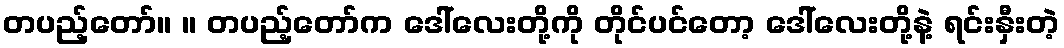
တပည့်တော်။ ။ တပည့်တော်က ဒေါ်လေးတို့ကို တိုင်ပင်တော့ ဒေါ်လေးတို့နဲ့ ရင်းနှီးတဲ့